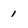
Character: 1